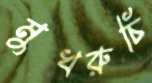
মুখরুচি